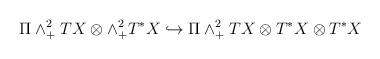
LaTeX: \begin{align*}\Pi \wedge^{2}_{+}TX\otimes\wedge^{2}_{+}T^{*}X \hookrightarrow \Pi\wedge^{2}_{+}TX\otimes T^{*}X\otimes T^{*}X\end{align*}